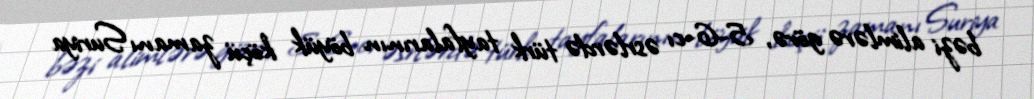
bəzi alimlərə görə, 5-6-cı əsrlərdə türk tayfalarının böyük köçü zamanı Suriya